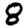
Digit: 8